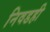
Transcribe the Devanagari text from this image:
निवडही